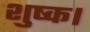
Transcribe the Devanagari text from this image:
शुष्क।